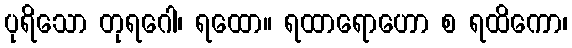
ပုရိသော တုရဂေါ၊ ရထော။ ရထာရောဟော စ ရထိကော၊